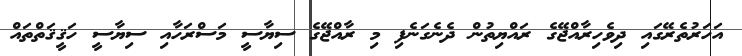
އަހަރުތެރޭގައި ދިވެހިރާއްޖޭގެ ރައްޔިތުން ދެނެގަނެފި މި ރާއްޖޭގެ ސިޔާސީ މަސްރަހާއި ސިޔާސީ ހަޤީޤަތްތައް